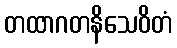
တထာဂတနိသေဝိတံ